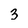
Character: 3